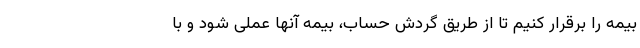
بیمه را برقرار کنیم تا از طریق گردش حساب، بیمه آنها عملی شود و با